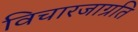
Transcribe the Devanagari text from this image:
विचारजाग्रति